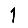
Digit: 1